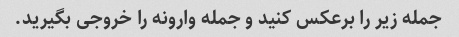
جمله زیر را برعکس کنید و جمله وارونه را خروجی بگیرید.